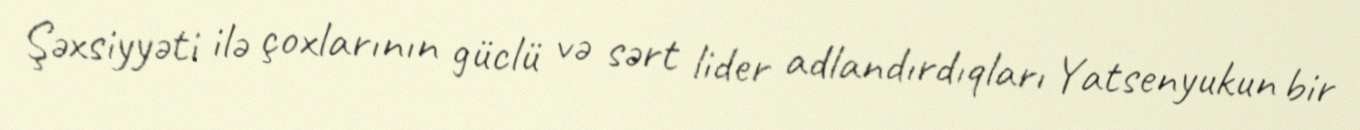
Şəxsiyyəti ilə çoxlarının güclü və sərt lider adlandırdıqları Yatsenyukun bir